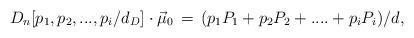
LaTeX: \begin{align*}{D}_{n}[p_1,p_2,...,p_i/d_D] \cdot \vec{\mu}_0\,=\,( p_1 P_1+ p_2 P_2+....+p_i P_i)/d,\end{align*}